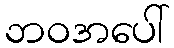
ဘဝအပေါ်